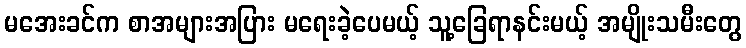
မအေးခင်က စာအများအပြား မရေးခဲ့ပေမယ့် သူ့ခြေရာနင်းမယ့် အမျိုးသမီးတွေ